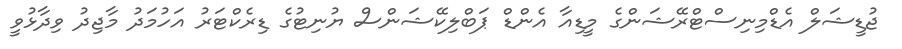
ޖުޑީޝަލް އެޑްމިނިސްޓްރޭޝަންގެ މީޑިއާ އެންޑް ޕަބްލިކޭޝަންސް ޔުނިޓުގެ ޑިރެކްޓަރު އަހުމަދު މާޖިދު ވިދާޅުވީ